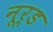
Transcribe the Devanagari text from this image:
नूर्ड